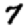
Digit: 7